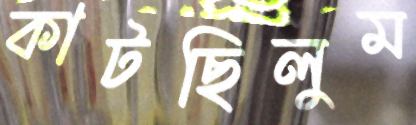
কাটছিলুম